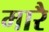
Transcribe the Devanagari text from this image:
मारै